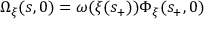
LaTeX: \Omega _ { \xi } ( s , 0 ) = \omega ( \xi ( s _ { + } ) ) \Phi _ { \xi } ( s _ { + } , 0 )